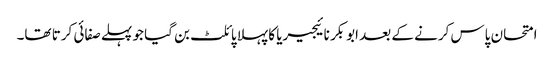
امتحان پاس کرنے کے بعد ابوبکر نائیجیریا کا پہلا پائلٹ بن گیا جو پہلے صفائی کرتا تھا۔